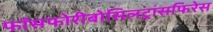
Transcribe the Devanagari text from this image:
फॉसफोरीबोसिलट्रांसफिरेस